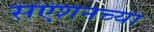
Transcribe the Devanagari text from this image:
सएशनच्या